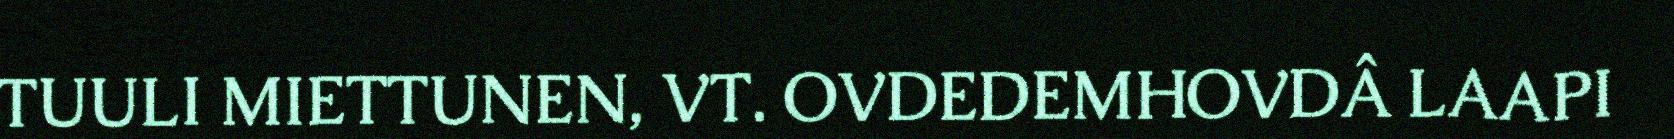
TUULI MIETTUNEN, VT. OVDEDEMHOVDÂ LAAPI